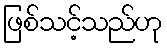
ဖြစ်သင့်သည်ဟု